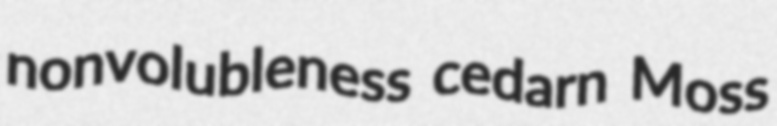
nonvolubleness cedarn Moss